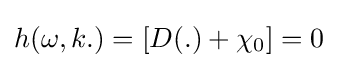
h(\omega ,k.)=[D(.)+\chi _{0}]=0